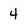
Character: 4